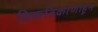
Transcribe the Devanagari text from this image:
ठिकठिकाणाहून